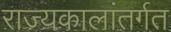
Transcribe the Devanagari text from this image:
राज्यकालांतर्गत